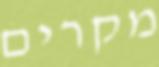
מקרים